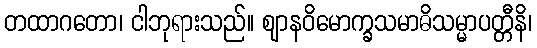
တထာဂတော၊ ငါဘုရားသည်။ ဈာနဝိမောက္ခသမာဓိသမ္မာပတ္တီနိ၊